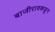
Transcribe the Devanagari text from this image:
बाजीरावकडून